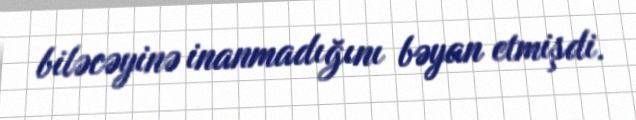
biləcəyinə inanmadığını bəyan etmişdi.